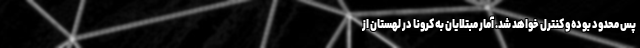
پس محدود بوده و کنترل خواهد شد. آمار مبتلایان به کرونا در لهستان از